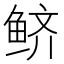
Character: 鲚